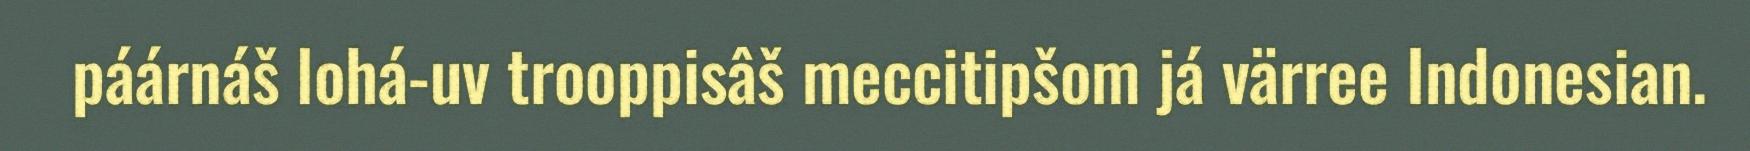
páárnáš lohá-uv trooppisâš meccitipšom já värree Indonesian.